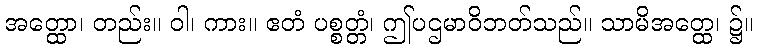
အတ္ထော၊ တည်း။ ဝါ၊ ကား။ ဧတံ ပစ္စတ္တံ၊ ဤပဌမာဝိဘတ်သည်။ သာမိအတ္ထေ၊ ၌။